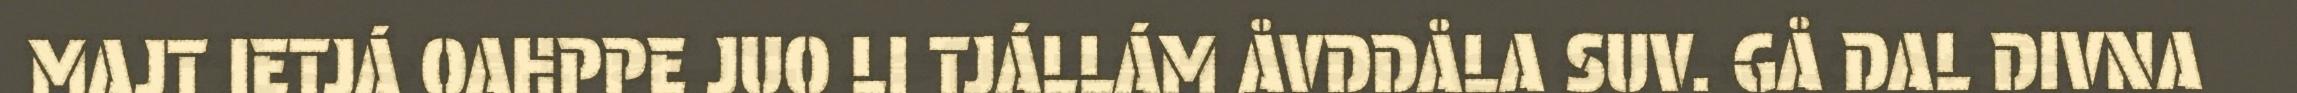
MAJT IETJÁ OAHPPE JUO LI TJÁLLÁM ÅVDDÅLA SUV. GÅ DAL DIVNA